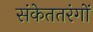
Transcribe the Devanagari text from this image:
संकेततरंगों